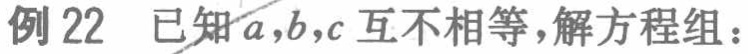
例 22 已知\(a,b,c\)互不相等，解方程组：